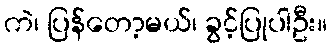
ကဲ၊ ပြန်တော့မယ်၊ ခွင့်ပြုပါဦး။